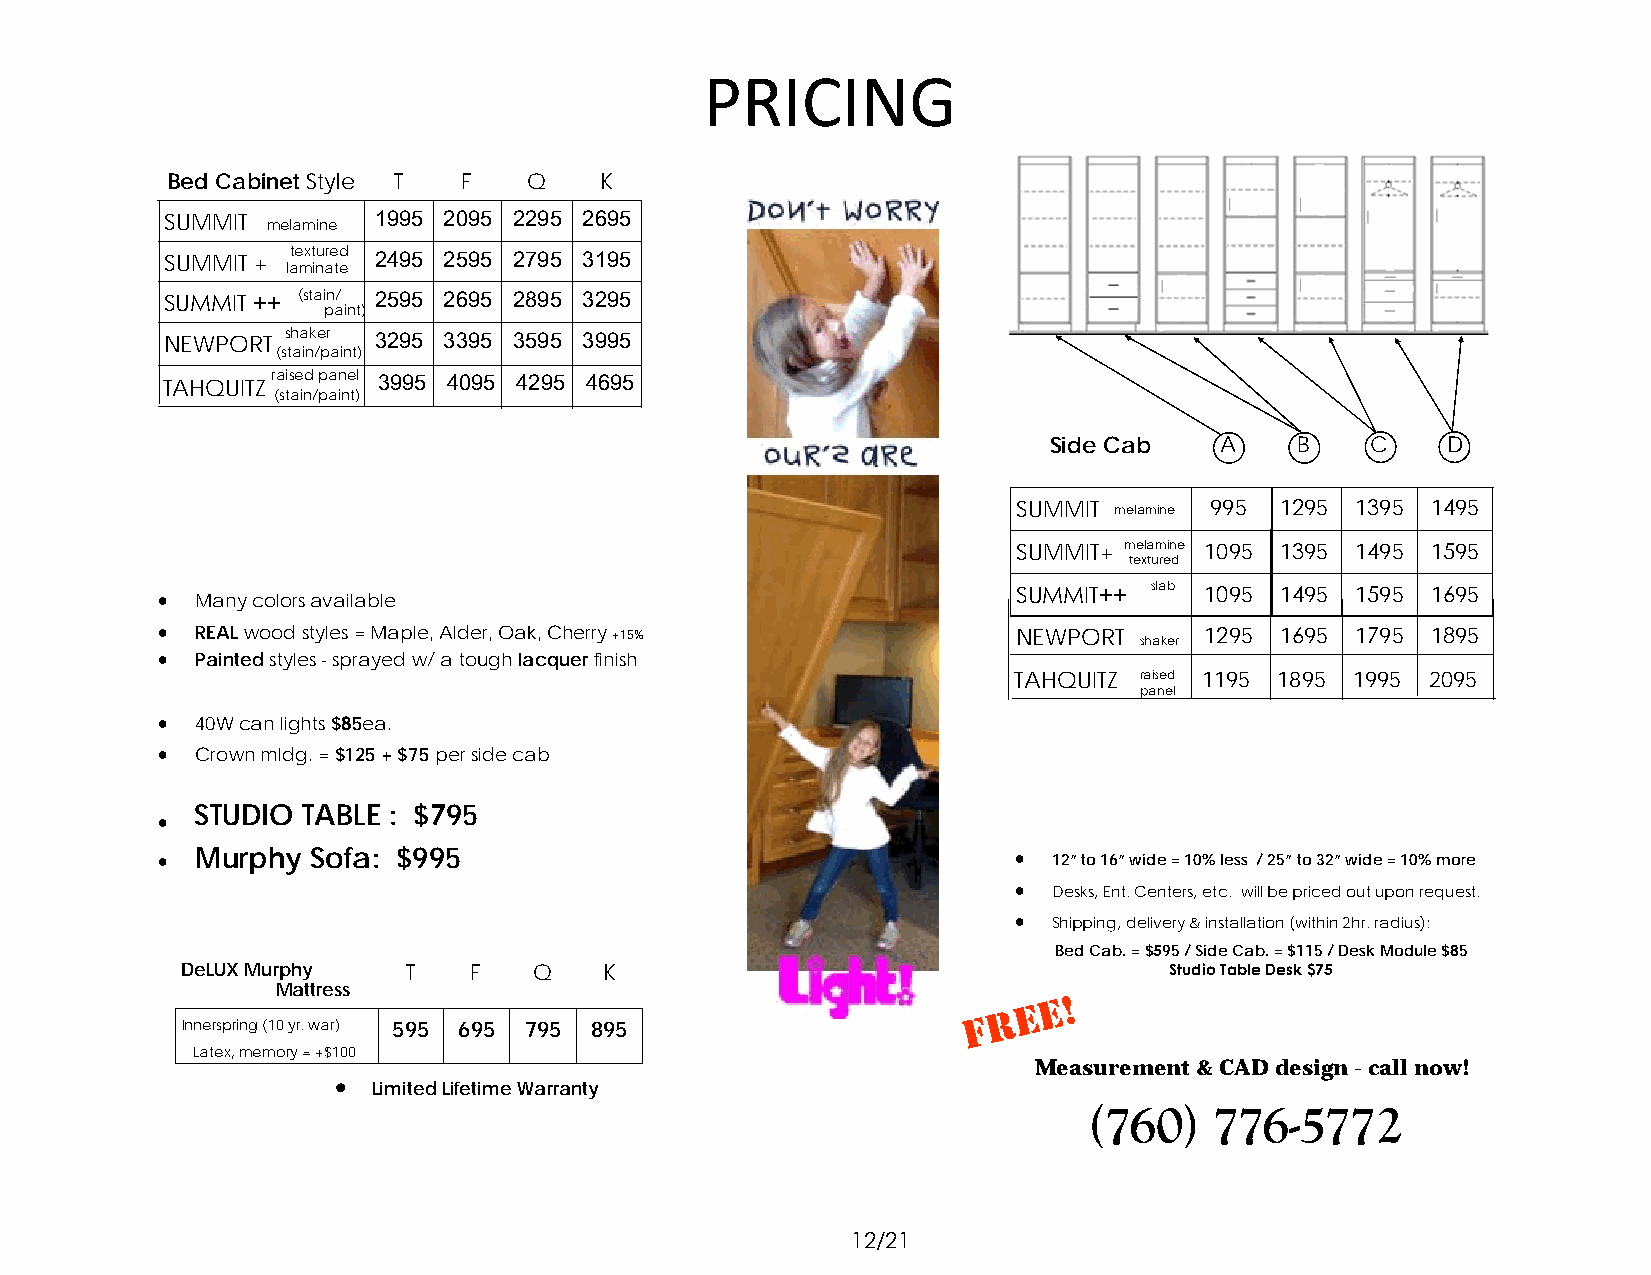
PRICING
 Bed Cabinet Style T F   Q    K
 SUMMIT        1995 2095 2295 2695
 melamine
 SUMMIT + textured 2495 2595 2795 3195
 laminate
 SUMMIT ++ (stain/ 2595 2695 2895 3295
 paint)
 NEWPORT shaker 3295 3395 3595 3995
 (stain/paint)
 TAHQUITZ raised panel 3995 4095 4295 4695
 (stain/paint)
 Side Cab    A    B    C    D
 SUMMIT melamine 995 1295 1395 1495
 SUMMIT+ melamine 1095 1395 1495 1595
 textured
  Many colors available                                 SUMMIT++ slab 1095 1495 1595 1695
  REAL wood styles = Maple, Alder, Oak, Cherry +15%     NEWPORT shaker 1295 1695 1795 1895
  Painted styles - sprayed w/ a tough lacquer finish
 TAHQUITZ raised 1195 1895 1995 2095
 panel
   40W can lights $85ea.
  Crown mldg. = $125 + $75 per side cab
 STUDIO TABLE : $795
 
  Murphy  Sofa: $995                                     12” to 16” wide = 10% less / 25” to 32” wide = 10% more
  Desks, Ent. Centers, etc. will be priced out upon request.
  Shipping, delivery & installation (within 2hr. radius):
 Bed Cab. = $595 / Side Cab. = $115 / Desk Module $85
 DeLUX Murphy   T   F   Q    K                                    Studio Table Desk $75
 Mattress
 Innerspring (10 yr. war) 595 695 795 895
 Latex, memory = +$100
 Measurement & CAD design - call now!
  Limited Lifetime Warranty
 (760)   776-5772
 12/21